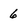
Character: 6